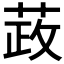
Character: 𰱞